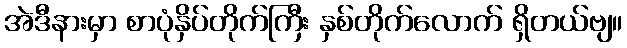
အဲဒီနားမှာ စာပုံနှိပ်တိုက်ကြီး နှစ်တိုက်လောက် ရှိတယ်ဗျ။